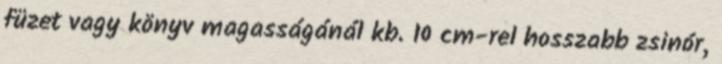
füzet vagy könyv magasságánál kb. 10 cm-rel hosszabb zsinór,